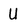
Character: U